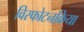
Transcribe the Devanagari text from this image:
विस्फोटनक्रिया